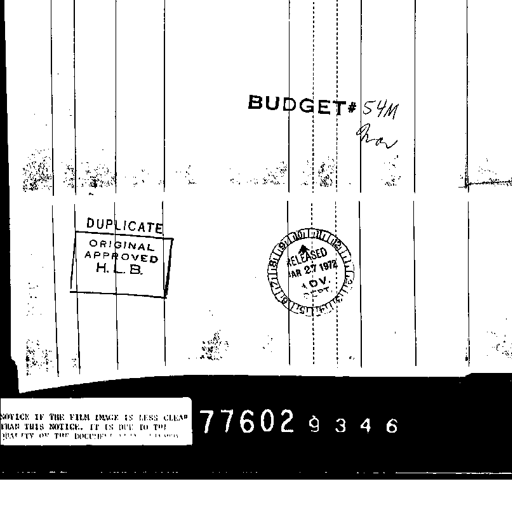
BUDGET# 54M
ha
DUPLICATE
ORIGINAL
APPROVED
H. L. B.
RELEASED
MAR 27 1972
ADV.
DEPT.
NOTICE IF THE FILM IMAGE IS LESS CLEAR
THAN THIS NOTICE, IT IS DUE TO THE
QUALITY OF THE DOCUMENT
77602 9 3 4 6